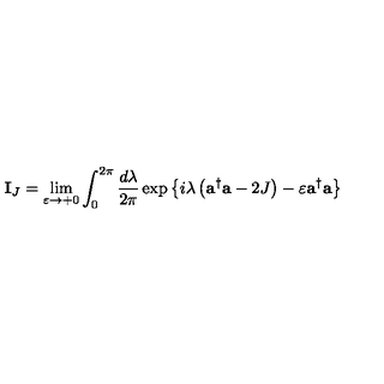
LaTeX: { \bf I } _ { J } = \lim _ { \varepsilon \rightarrow + 0 } \int _ { 0 } ^ { 2 \pi } { \frac { d \lambda } { 2 \pi } } \exp \left\{ { i \lambda \left( { { \bf a } ^ { \dagger } { \bf a } - 2 J } \right) - \varepsilon { \bf a } ^ { \dagger } { \bf a } } \right\}